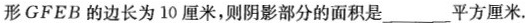
形GFEB的边长为10厘米，则阴影部分的面积是___平方厘米.